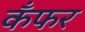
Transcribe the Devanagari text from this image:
कँफर